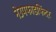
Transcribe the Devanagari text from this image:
नेउपफाडफिंदर